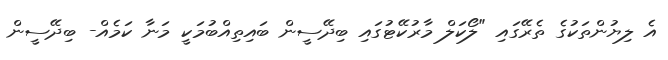
އެ ލިޔުންތަކުގެ ތެރޭގައި "ލޯކަލް މާރުކޭޓުގައި ބިދޭސީން ބައިތިއްބުމަކީ މަނާ ކަމެއް- ބިދޭސީން